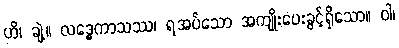
ဟိ၊ ချဲ့။ လဒ္ဓေကာသဿ၊ ရအပ်သော အကျိုးပေးခွင့်ရှိသော။ ဝါ၊